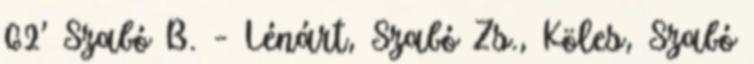
62’ Szabó B. – Lénárt, Szabó Zs., Köles, Szabó